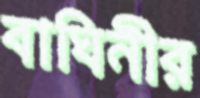
বাঘিনীর